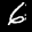
Label: 6